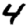
Digit: 4